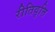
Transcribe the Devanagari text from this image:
रीतिवृत्ति